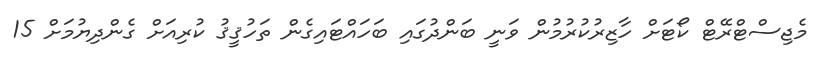
މެޖިސްޓްރޭޓް ކޯޓަށް ހާޒިރުކުރުމުން ވަނީ ބަންދުގައި ބަހައްޓައިގެން ތަހުޤީޤު ކުރިއަށް ގެންދިޔުމަށް 15